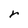
Character: r